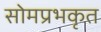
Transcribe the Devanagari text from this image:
सोमप्रभकृत